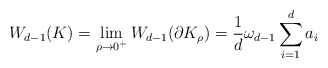
\begin{align*}W_{d-1}(K)=\lim_{\rho \rightarrow 0^+} W_{d-1}(\partial K_{\rho})= \frac{1}{d}\omega_{d-1}\sum_{i=1}^da_i\end{align*}